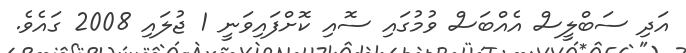
އަދި ސަބްލީސް އެއްބަސް ވުމުގައި ސޮއި ކޮށްފައިވަނީ 1 ޖުލައި 2008 ގައެވެ.